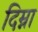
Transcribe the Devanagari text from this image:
दिम्ना